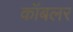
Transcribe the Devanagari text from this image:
कॉबलर